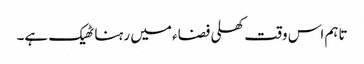
تاہم اس وقت کھلی فضاء میں رہنا ٹھیک ہے۔